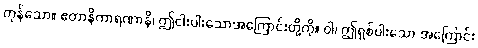
ကုန်သော။ ဧတာနိကာရဏာနိ၊ ဤငါးပါးသောအကြောင်းတို့ကို။ ဝါ၊ ဤရှစ်ပါးသော အကြောင်း